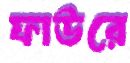
ফাউরে